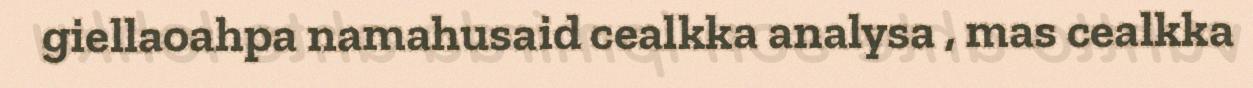
giellaoahpa namahusaid cealkka analysa , mas cealkka